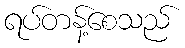
ရပ်တန့်စေသည်